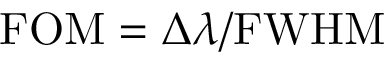
\mathrm { F O M } = \Delta \lambda / \mathrm { F W H M }